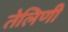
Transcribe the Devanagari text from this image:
तेलिणी